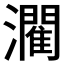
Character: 𤂶